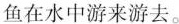
鱼在水中游来游去。